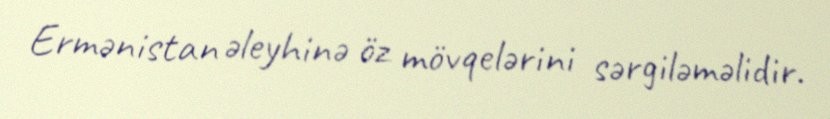
Ermənistan əleyhinə öz mövqelərini sərgiləməlidir.